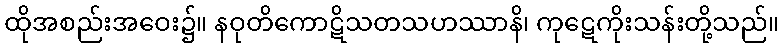
ထိုအစည်းအဝေး၌။ နဝုတိကောဋိသတသဟဿာနိ၊ ကုဋေကိုးသန်းတို့သည်။